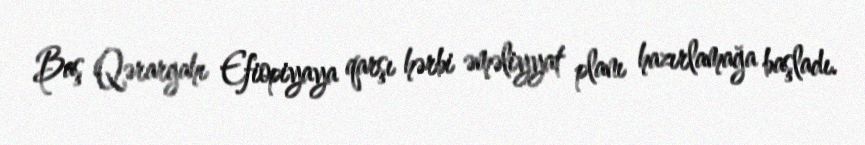
Baş Qərargahı Efiopiyaya qarşı hərbi əməliyyat planı hazırlamağa başladı.